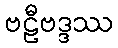
ဗဠီဗဒ္ဒဿ